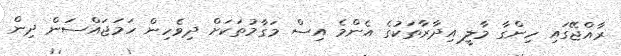
ރާއްޖޭގައި ހިންގާ މާލީ އިދާރާތަކުގެ އެންމެ އިސް މަގާމުތަކަށް ދިވެހިން ހަމަޖައްސަން ދިން